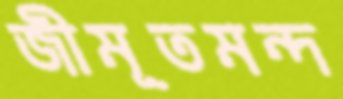
জীমূতমন্দ